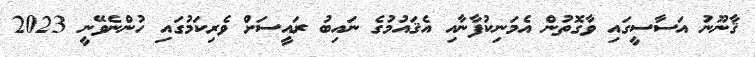
ޤާނޫނު އަސާސީގައި ވާގޮތުން އެމަނިކުފާނާއި އެޤައުމުގެ ނައިބު ރައީސަށް ވެރިކަމުގައި ހުންނެވޭނީ 2023